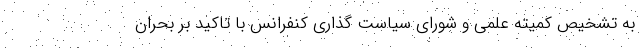
به تشخیص کمیته علمی و شورای سیاست گذاری کنفرانس با تاکید بر بحران